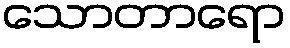
သောတာရော